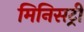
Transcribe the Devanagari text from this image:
मिनिसट्री